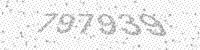
Solution: 797939